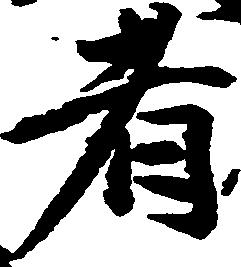
者